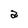
Character: a